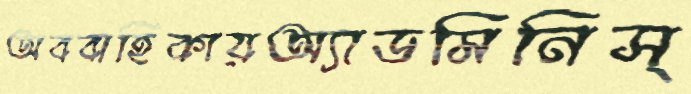
অববাহিকায়অ্যাডমিনিস্